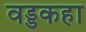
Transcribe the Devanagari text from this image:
वड्डकहा